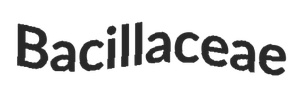
Bacillaceae